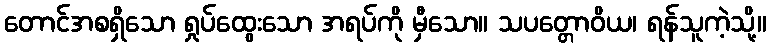
တောင်အစရှိသော ရှုပ်ထွေးသော အရပ်ကို မှီသော။ သပတ္တောဝိယ၊ ရန်သူကဲ့သို့။